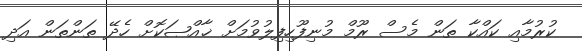
ކުރުމާއި ކައްކާ ތަން މެސް ރޫމް މުނިފޫހިފިލުވުމަށް ޚާއްޞަކޮށް ހެދޭ ތަންތަން އަދި